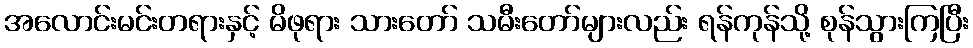
အလောင်းမင်းတရားနှင့် မိဖုရား သားတော် သမီးတော်များလည်း ရန်ကုန်သို့ စုန်သွားကြပြီး